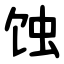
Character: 蚀